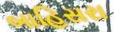
બાહિસરા